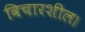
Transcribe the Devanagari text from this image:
विचारशील।